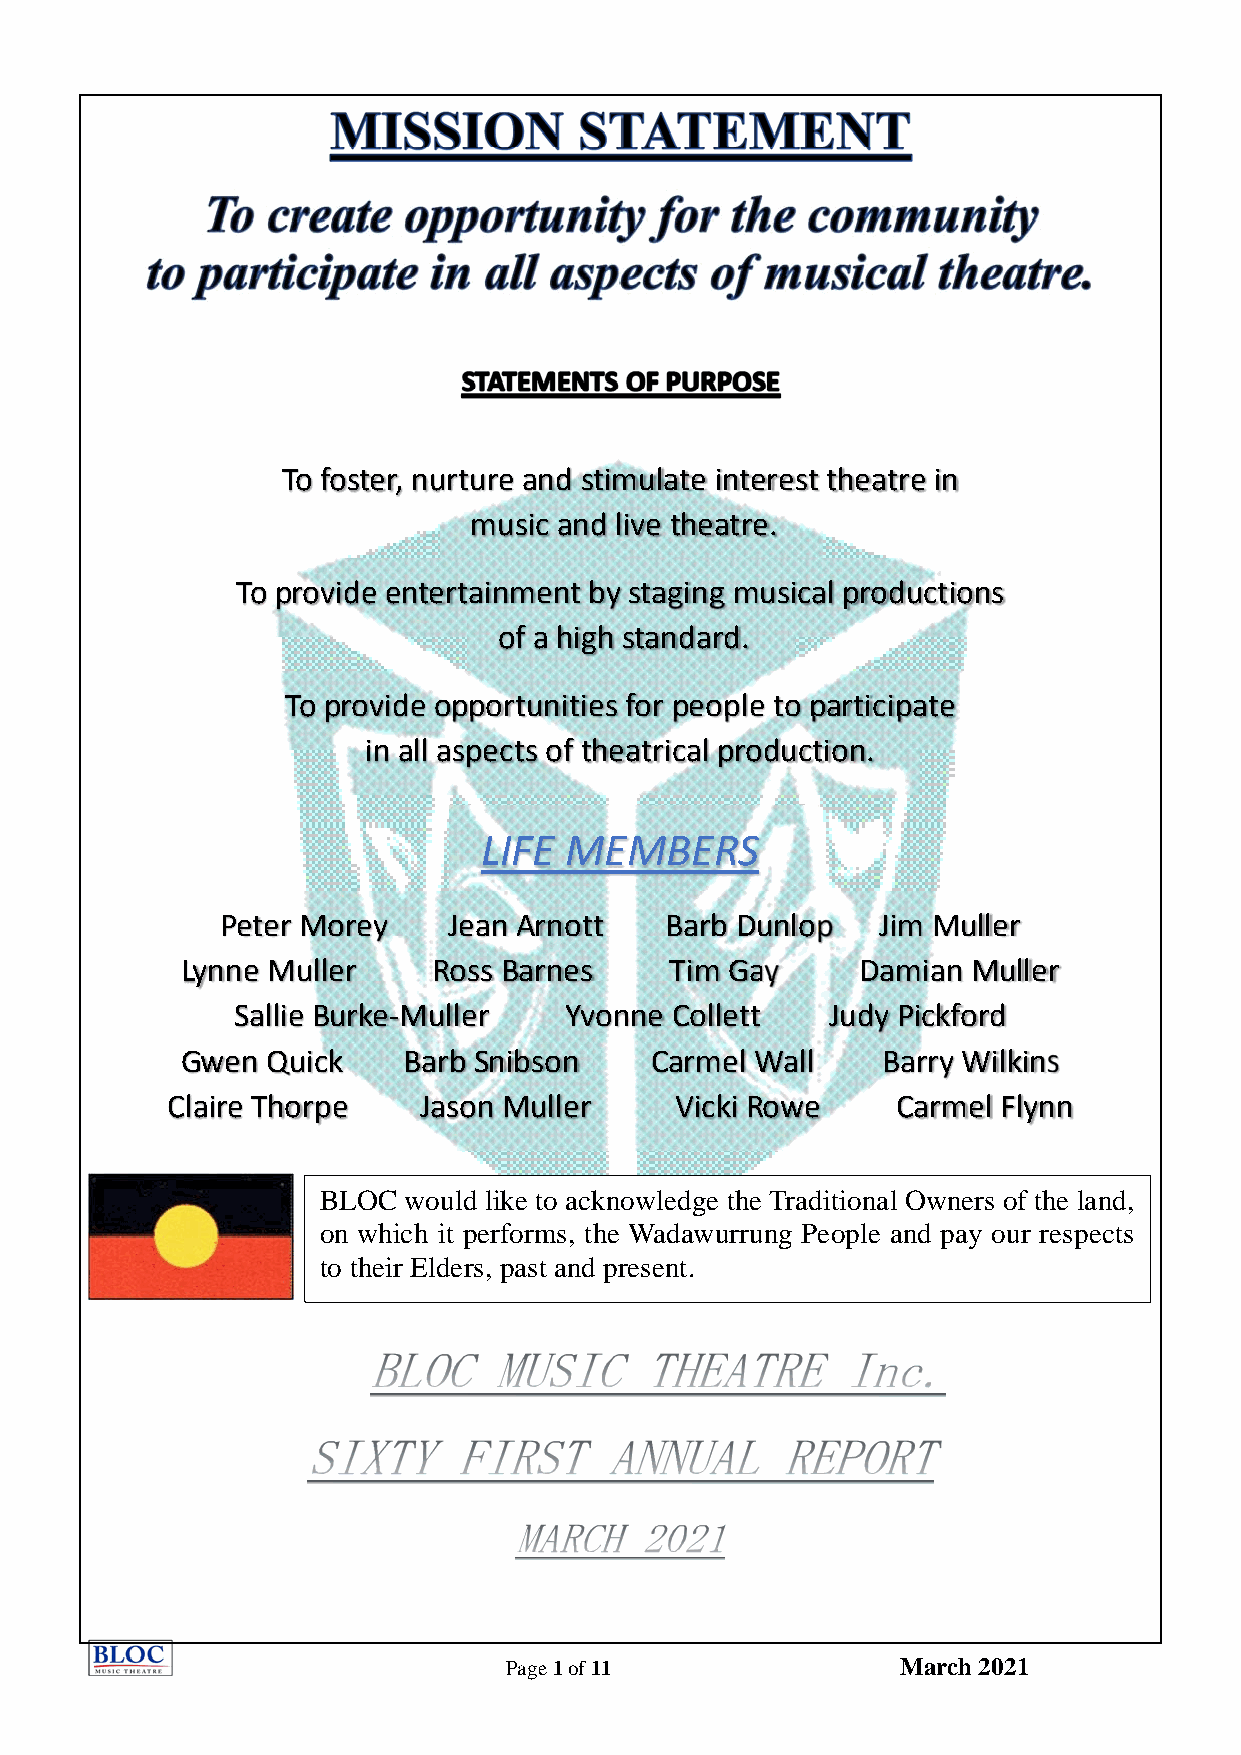
To foster, nurture and stimulate interest theatre in
 music and live theatre.
 To provide entertainment by staging musical productions
 of a high standard.
 To provide opportunities for people to participate
 in all aspects of theatrical production.
 LIFE MEMBERS
 Peter Morey    Jean Arnott   Barb Dunlop   Jim Muller
 Lynne Muller     Ross Barnes    Tim Gay      Damian Muller
 Sallie Burke-Muller   Yvonne Collett    Judy Pickford
 Gwen  Quick    Barb Snibson    Carmel Wall    Barry Wilkins
 Claire Thorpe    Jason Muller     Vicki Rowe    Carmel Flynn
 BLOC  would like to acknowledge the Traditional Owners of the land,
 on which it performs, the Wadawurrung People and pay our respects
 to their Elders, past and present.
 Page 1 of 11              March 2021